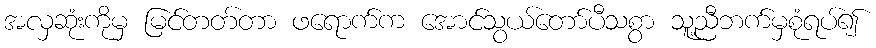
အလှဆုံးကိုမှ မြင်တတ်တာ ဖရောက်က အောင်သွယ်တော်ပီသစွာ သူ့ညီဘက်မှစုံရပ်၍